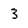
Character: 3